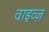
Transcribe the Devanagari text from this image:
वाइव्ज़